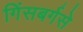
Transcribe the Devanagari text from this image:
गिंसबर्गसे